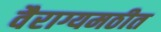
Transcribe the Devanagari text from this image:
वैराग्यमठीत